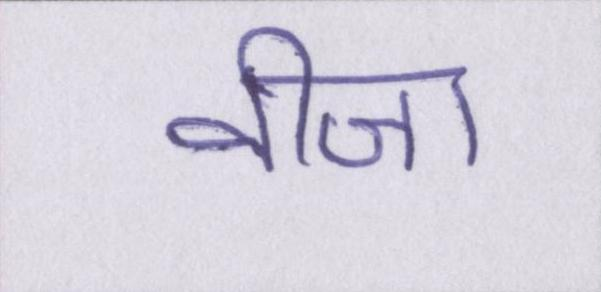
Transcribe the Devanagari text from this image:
वीजा